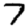
Digit: 7